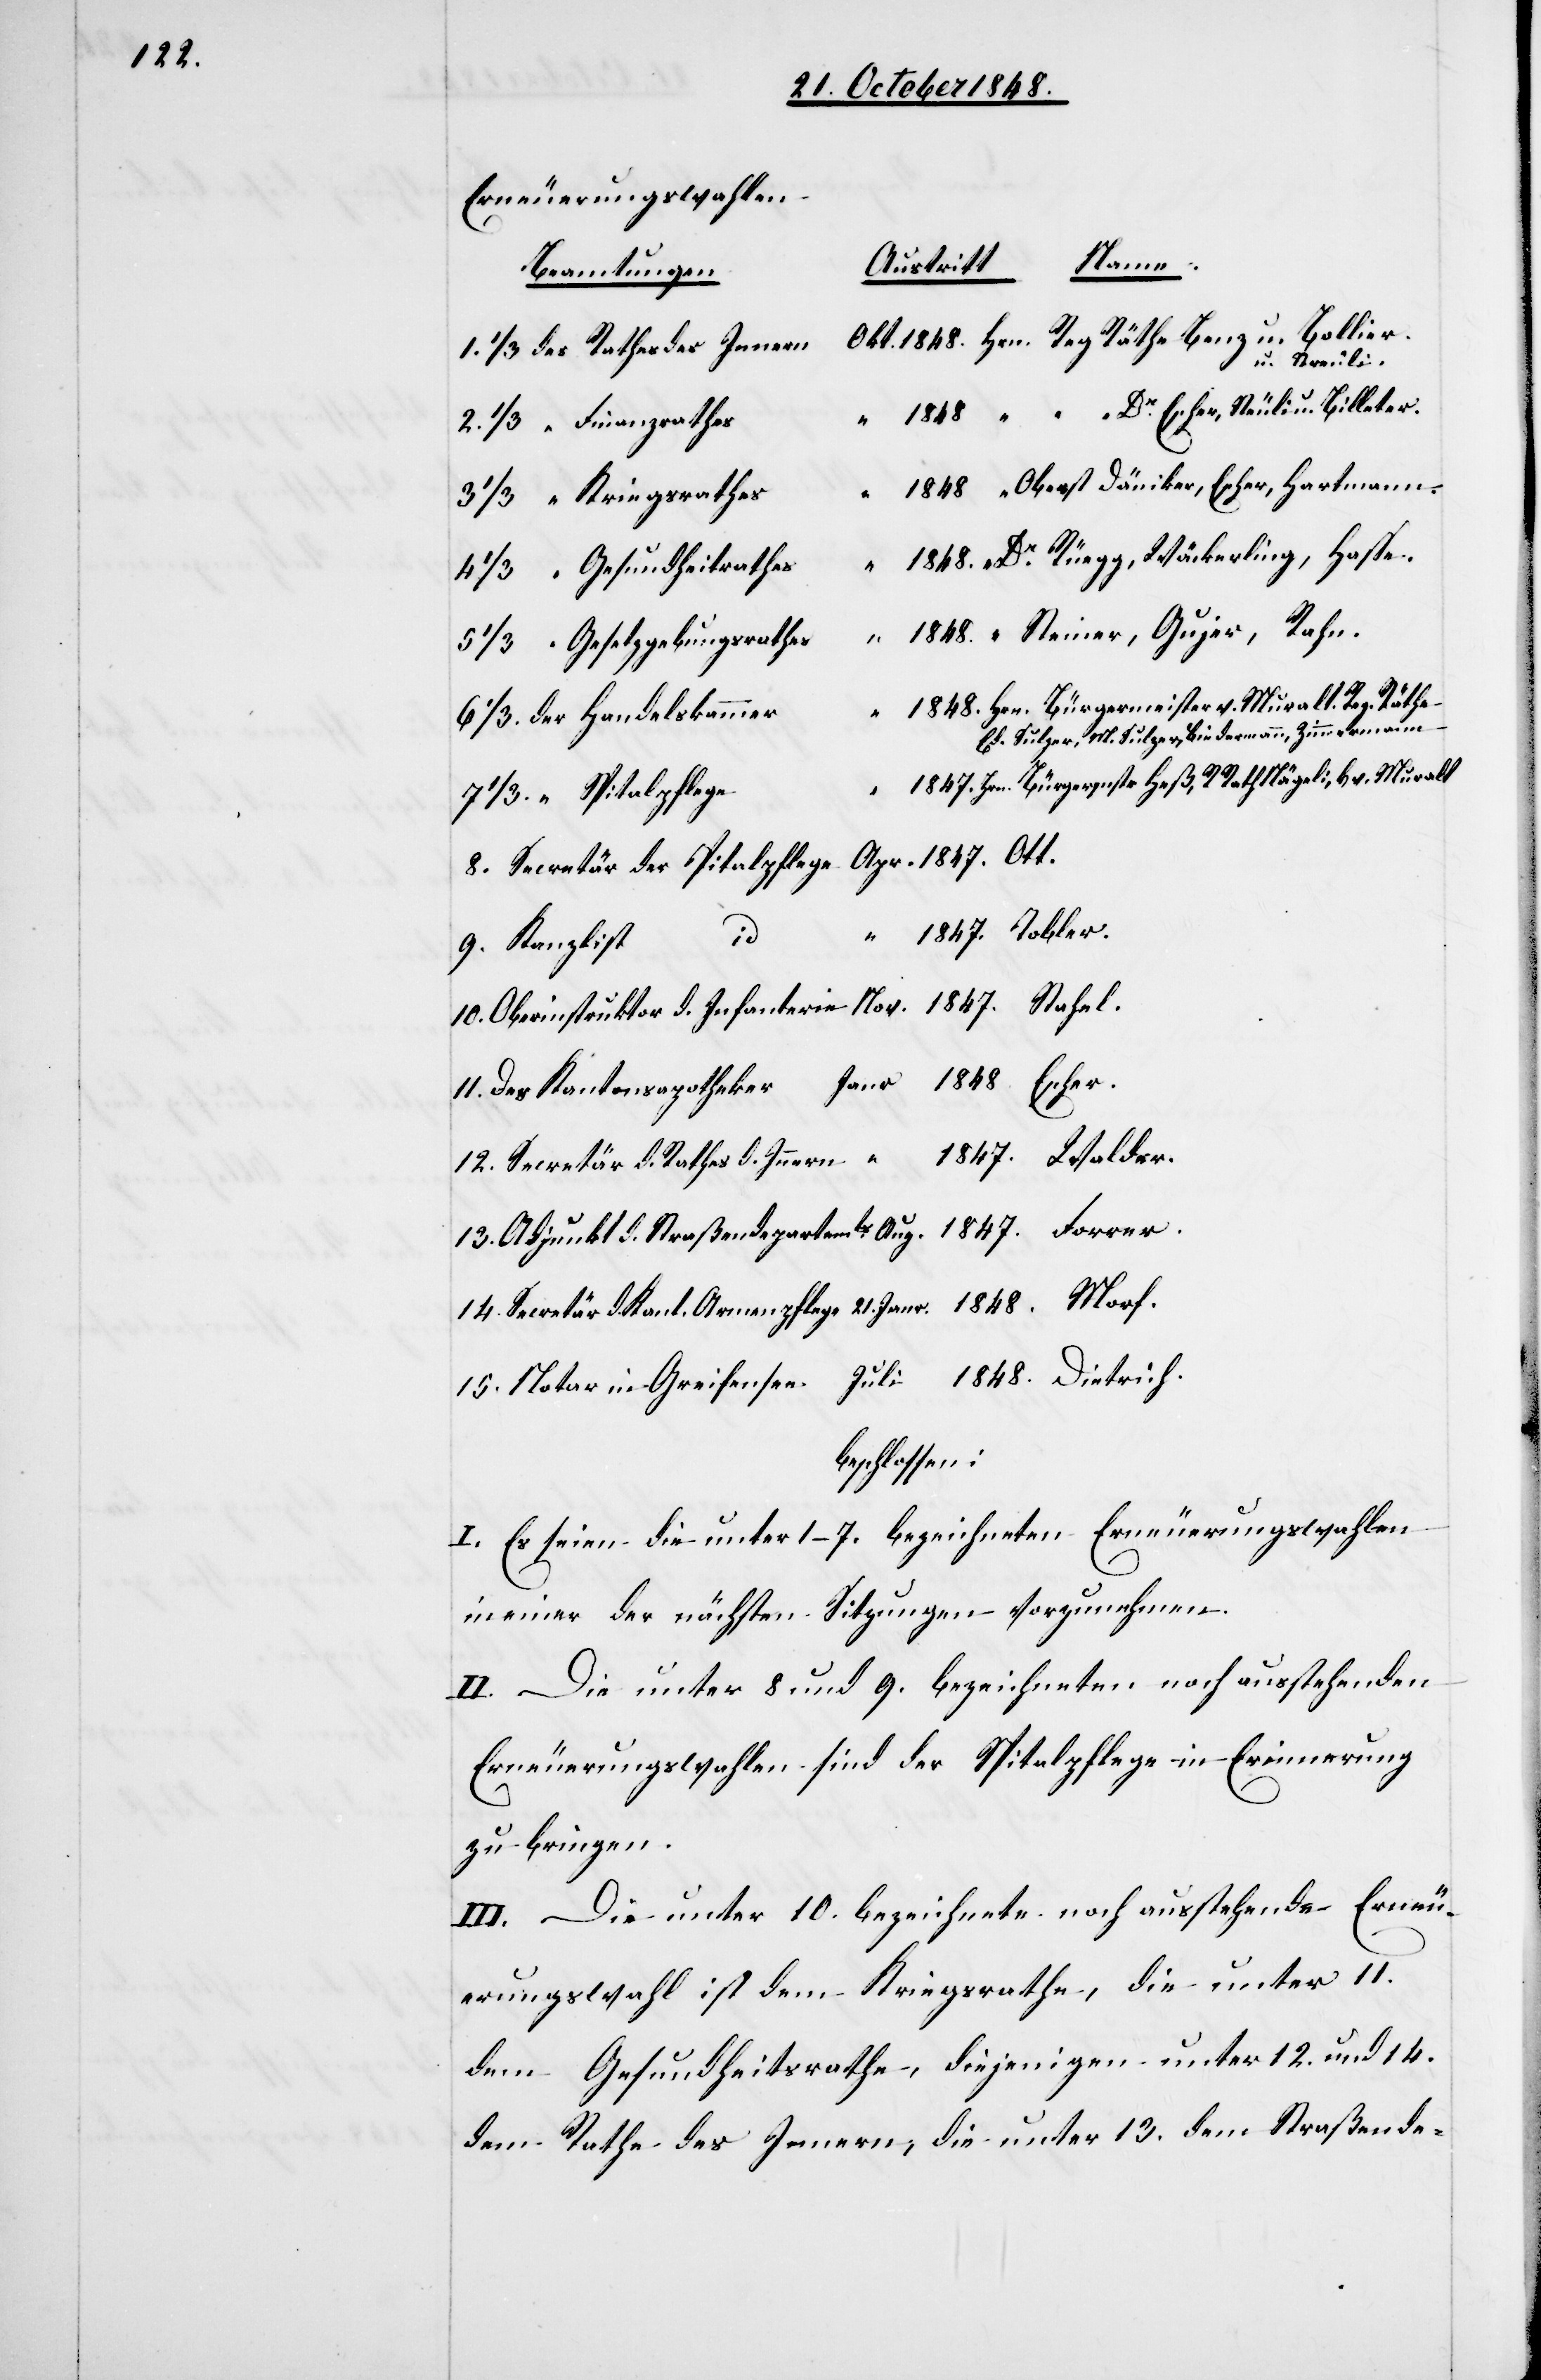
1848

21. Janr. 1848
Erneuerungswahlen.
see.
Austritt
Beamtungen
u. Streuli.
Oberst Däniker, Escher, Hartmann.
“
Kriegsrathes
Dr Rüegg, Wäckerling, Haße.
Gesundheitsrathes
Steiner, Gujer, Rahn.
d.
Gesetzgebungsrathes
Ed. Sulzer, M. Sulzer, Biedermann, Zimmermann.
tär der Pitalpflege
Notar
in
Kanzlist
beschlossen:
I. Es sein die unter 1.–7. bezeichneten Erneuerungswahlen
in einer der nächsten Sitzungen vorzunehmen.
II. Die unter 8 und 9. bezeichneten noch ausstehenden
Erneuerungswahlen sind der Spitalpflege in Erinnerung
zu bringen.
III. Die unter 10. bezeichnete noch ausstehende Erneu¬
erungswahl ist dem Kriegsrathe, die unter 11.
dem Gesundheitsrathe, diejenigen unter 12. und 14.
dem Rathe des Innern, die unter 13. dem Straßende-